Report on plague and inoculation in the Punjab from October 1st ... to September 30th..., being the ... season of plague in the province
Disease focus: Plague
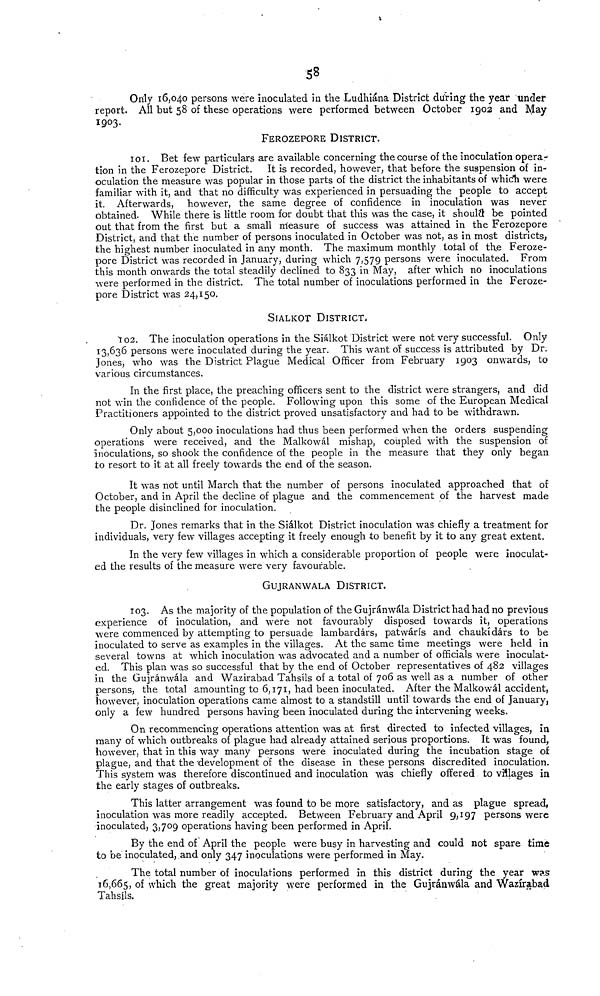
58
Only 16,040 persons were inoculated in the Ludhiána District during the year under
report. All but 58 of these operations were performed between October 1902 and May
1903.
FEROZEPORE DISTRICT.
101. Bet few particulars are available concerning the course of the inoculation opera-
tion in the Ferozepore District. It is recorded, however, that before the suspension of in-
oculation the measure was popular in those parts of the district the inhabitants of which were
familiar with it, and that no difficulty was experienced in persuading the people to accept
it. Afterwards, however, the same degree of confidence in inoculation was never
obtained. While there is little room for doubt that this was the case, it should be pointed
out that from the first but a small measure of success was attained in the Ferozepore
District, and that the number of persons inoculated in October was not, as in most districts,
the highest number inoculated in any month. The maximum monthly total of the Feroze-
pore District was recorded in January, during which 7,579 persons were inoculated. From
this month onwards the total steadily declined to 833 in May, after which no inoculations
were performed in the district. The total number of inoculations performed in the Feroze-
pore District was 24,150.
SIALKOT DISTRICT.
102. The inoculation operations in the Siálkot District were not very successful. Only
13,636 persons were inoculated during the year. This want of success is attributed by Dr.
Jones, who was the District Plague Medical Officer from February 1903 onwards, to
various circumstances.
In the first place, the preaching officers sent to the district were strangers, and did
not win the confidence of the people. Following upon this some of the European Medical
Practitioners appointed to the district proved unsatisfactory and had to be withdrawn.
Only about 5,000 inoculations had thus been performed when the orders suspending
operations were received, and the Malkowál mishap, coupled with the suspension of
inoculations, so shook the confidence of the people in the measure that they only began
to resort to it at all freely towards the end of the season.
It was not until March that the number of persons inoculated approached that of
October, and in April the decline of plague and the commencement of the harvest made
the people disinclined for inoculation.
Dr. Jones remarks that in the Siálkot District inoculation was chiefly a treatment for
individuals, very few villages accepting it freely enough to benefit by it to any great extent.
In the very few villages in which a considerable proportion of people were inoculat-
ed the results of the measure were very favourable.
GUJRANWALA DISTRICT.
103. As the majority of the population of the Gujránwála District had had no previous
experience of inoculation, and were not favourably disposed towards it, operations
•were commenced by attempting to persuade lambardárs, patwárís and chaukídárs to be
inoculated to serve as examples in the villages. At the same time meetings were held in
several towns at which inoculation was advocated and a number of officials were inoculat-
ed. This plan was so successful that by the end of October representatives of 482 villages
in the Gujránwála and Wazirabad Tahsils of a total of 706 as well as a number of other
persons, the total amounting to 6,171, had been inoculated. After the Malkowál accident,
however, inoculation operations came almost to a standstill until towards the end of January,
only a few hundred persons having been inoculated during the intervening weeks.
On recommencing operations attention was at first directed to infected villages, in
many of which outbreaks of plague had already attained serious proportions. It was found,
however, that in this way many persons were inoculated during the incubation stage of
plague, and that the 'development of the disease in these persons discredited inoculation.
This system was therefore discontinued and inoculation was chiefly offered to villages in
the early stages of outbreaks.
This latter arrangement was found to be more satisfactory, and as plague spread,
inoculation was more readily accepted. Between February and April 9,197 persons were
inoculated, 3,709 operations having been performed in April.
By the end of April the people were busy in harvesting and could not spare time
to be inoculated, and only 347 inoculations were performed in May.
The total number of inoculations performed in this district during the year was
16,665, of which the great majority were performed in the Gujránwála and Wazirabad
Tahsils.